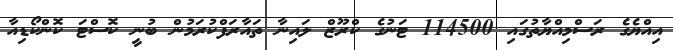
އިއްޔެގެ ރަސްމިއްޔާތުގައި 114500 ޓަނުގެ ކްރޫޒް ލައިނާ ތައާރަފްކުރަމުން ބުނީ ކޮސްޓަ ކޮންކޯޑިއާ